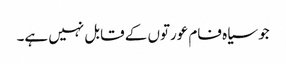
جو سیاہ فام عورتوں کے قابل نہیں ہے۔